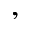
,